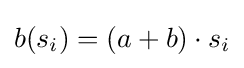
b(s_{i})=(a+b)\cdot s_{i}